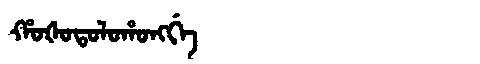
Manchu: ᡥᠣᡧᠣᡨᠣᠯᠣᡥᠣᠩᡤᡝ
Romanization: HOŠOTOLOHONGGE